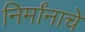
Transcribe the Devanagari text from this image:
निर्मांनाचे